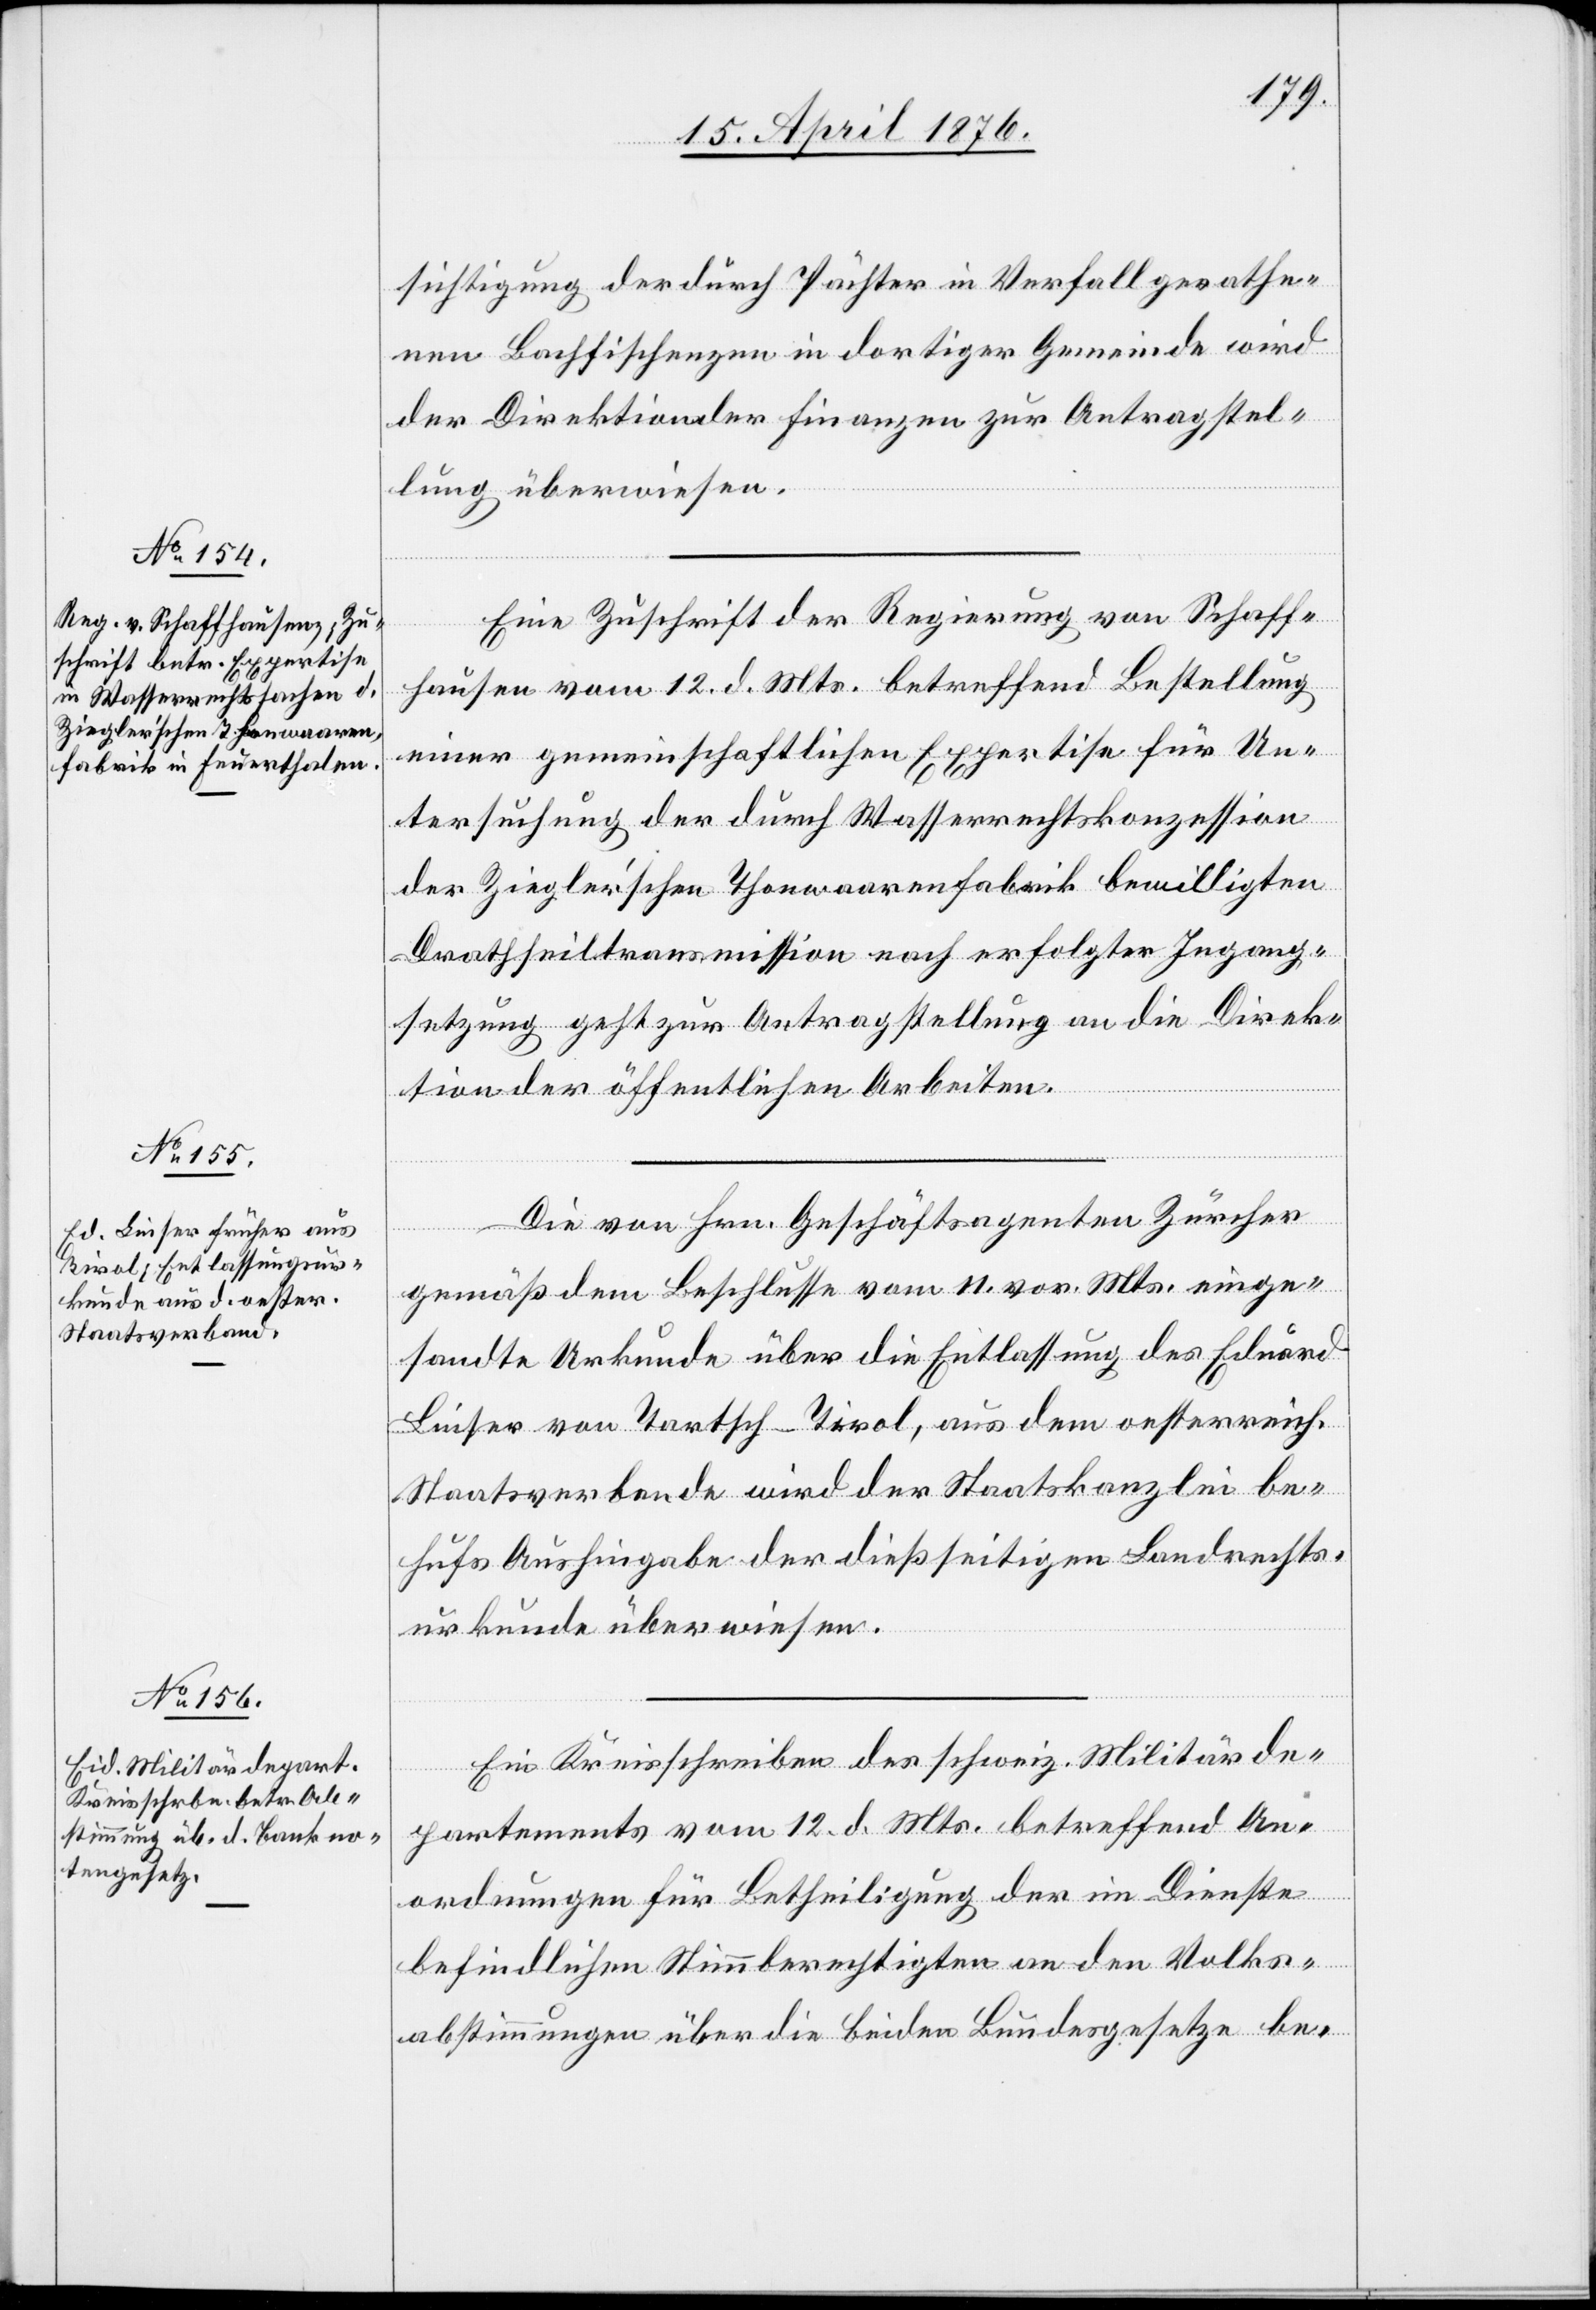
18. April 1876.]
sichtigung der durch Pächter in Verfall gerathe¬
nen Bachfischenzen in dortiger Gemeinde wird
der Direktion der Finanzen zur Antragstel¬
lung überwiesen.
Eine Zuschrift der Regierung von Schaff¬
hausen vom 12. d. Mts. betreffend Bestellung
einer gemeinschaftlichen Expertise für Un¬
tersuchung der durch Wasserrechtskonzession
der Ziegler’schen Thonwaarenfabrik bewilligten
Drathseiltransmission nach erfolgter Ingang¬
setzung geht zur Antragstellung an die Direk¬
tion der öffentlichen Arbeiten.
Die von Hrn. Geschäftsagenten Zürcher
gemäß dem Beschlusse vom 11. vor. Mts. einge¬
sandte Urkunde über die Entlassung des Eduard
Linser von Tartsch-Tirol, aus dem oesterreich.
Staatsverbande wird der Staatskanzlei be¬
hufs Aushingabe der dießseitigen Landrechts¬
urkunde überwiesen.
Ein Kreisschreiben des schweiz. Militärde¬
partements vom 12. d. Mts. betreffend An¬
ordnungen für Betheiligung der im Dienste
befindlichen Stimmberechtigten an den Volks¬
abstimmungen über die beiden Bundesgesetze be-